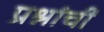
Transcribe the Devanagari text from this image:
प्रश्नांचीं